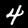
Digit: 4